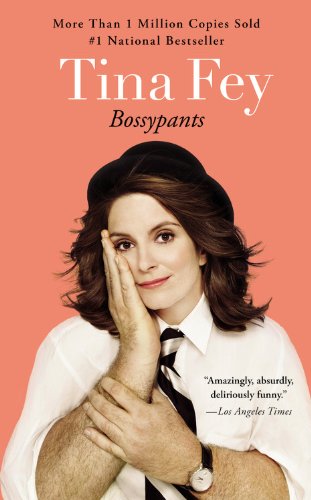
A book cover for Bossypants; Tina Fey; Humor & Entertainment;